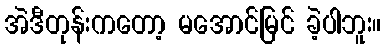
အဲဒီတုန်းကတော့ မအောင်မြင် ခဲ့ပါဘူး။